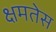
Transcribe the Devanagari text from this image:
क्षमतेस